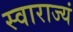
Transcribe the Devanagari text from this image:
स्वाराज्यं